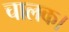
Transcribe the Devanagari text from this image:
चालक।